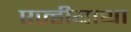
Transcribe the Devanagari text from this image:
एज़्हीयाथा